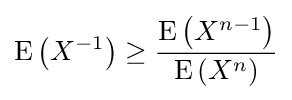
\operatorname {E} \left(X^{-1}\right)\geq {\frac {\operatorname {E} \left(X^{n-1}\right)}{\operatorname {E} \left(X^{n}\right)}}